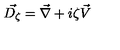
\vec { D _ { \zeta } } = \vec { \nabla } + i \zeta \vec { V }